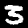
Digit: 3